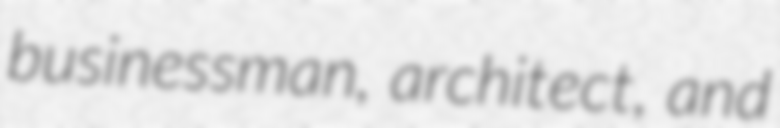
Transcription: businessman, architect, and